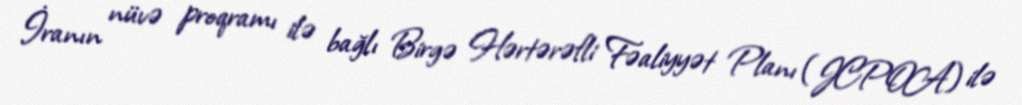
İranın nüvə proqramı ilə bağlı Birgə Hərtərəfli Fəaliyyət Planı (JCPOA) ilə